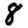
Digit: 8